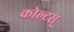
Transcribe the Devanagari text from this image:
कोल्टस्